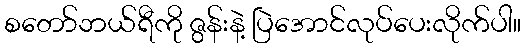
စတော်ဘယ်ရီကို ဇွန်းနဲ့ ပြဲအောင်လုပ်ပေးလိုက်ပါ။